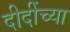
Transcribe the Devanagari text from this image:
दीदींच्या